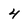
Character: 4